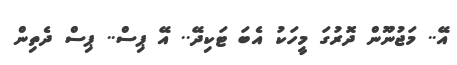
އޭ.. މަޖުނޫން ދޮރުގަ މީހަކު އެބަ ޓަކިދޭ.. އޭ ޕިސް.. ޕިސް ދެތިން